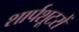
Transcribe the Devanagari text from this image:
शार्पशूटरों